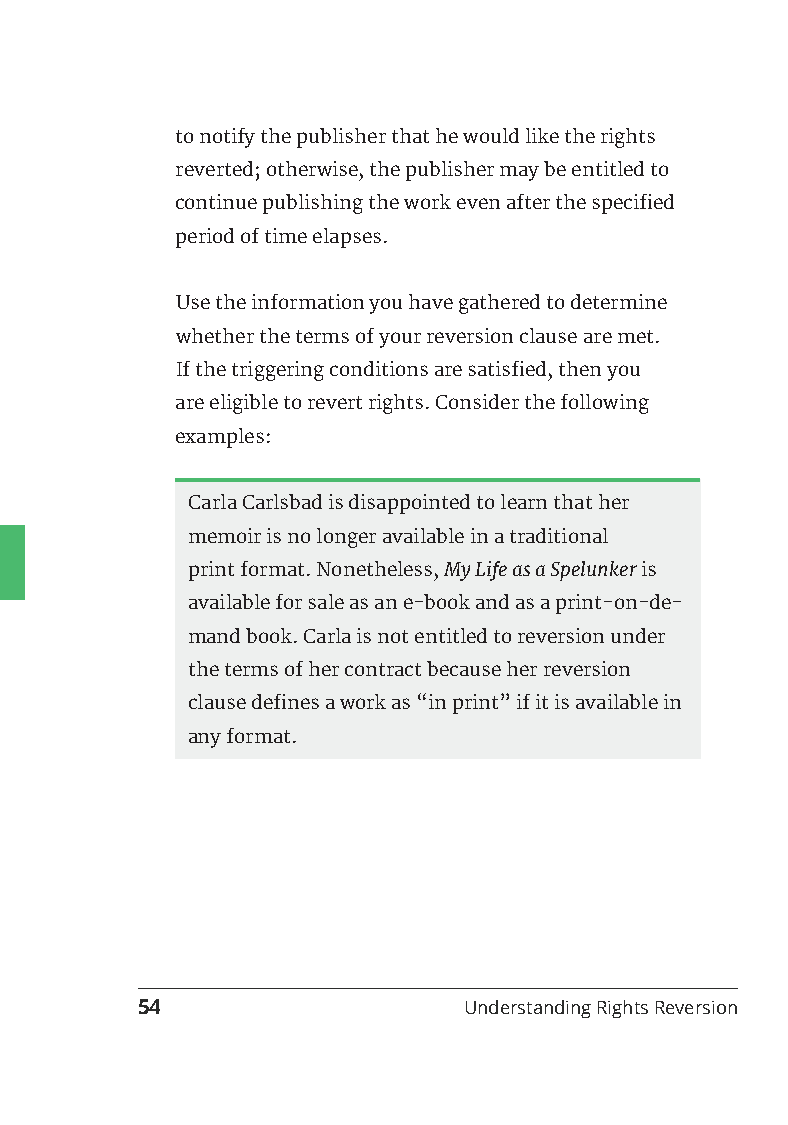
to notify the publisher that he would like the rights
 reverted; otherwise, the publisher may be entitled to
 continue publishing the work even after the specified
 period of time elapses.
 Use the information you have gathered to determine
 whether the terms of your reversion clause are met.
 If the triggering conditions are satisfied, then you
 are eligible to revert rights. Consider the following
 examples:
 Carla Carlsbad is disappointed to learn that her
 memoir is no longer available in a traditional
 print format. Nonetheless, My Life as a Spelunker is
 available for sale as an e-book and as a print-on-de-
 mand book. Carla is not entitled to reversion under
 the terms of her contract because her reversion
 clause defines a work as “in print” if it is available in
 any format.
 54                    Understanding Rights Reversion